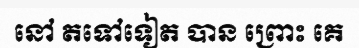
នៅ តទៅទៀត បាន ព្រោះ គេ